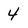
Character: 4